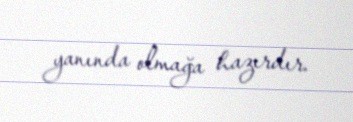
yanında olmağa hazırdır.